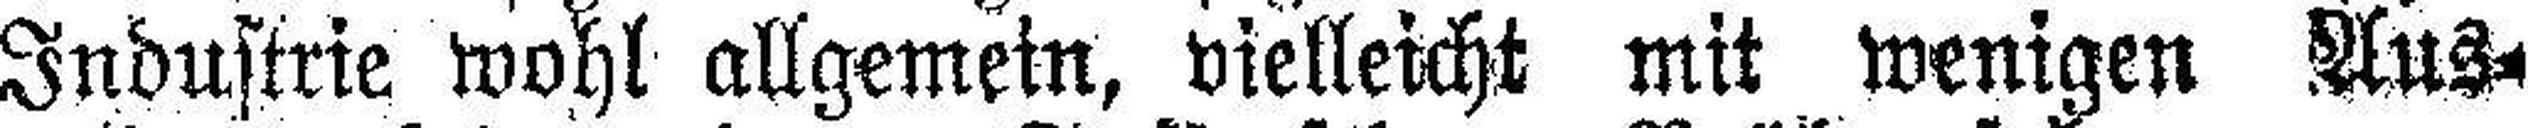
Industrie wohl allgemein, vielleicht mit wenigen Aus¬